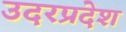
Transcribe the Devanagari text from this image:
उदरप्रदेश